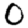
Digit: 0